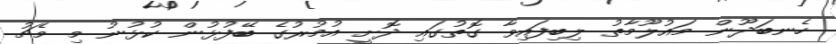
ހެނބަދޫން މައުލޫމާތު ލިބިފައިވާ ގޮތުގައި ދޮށީ އުމުރުގެ ބޭފުޅުން ކުޅުނު މި މެޗު